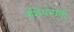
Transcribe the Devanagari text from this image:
रशियनांनी